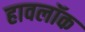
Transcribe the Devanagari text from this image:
हावलॉक